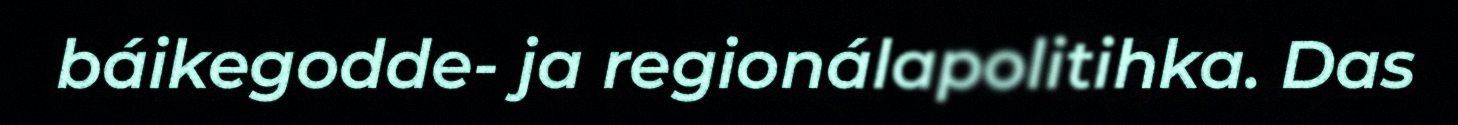
báikegodde- ja regionálapolitihka. Das